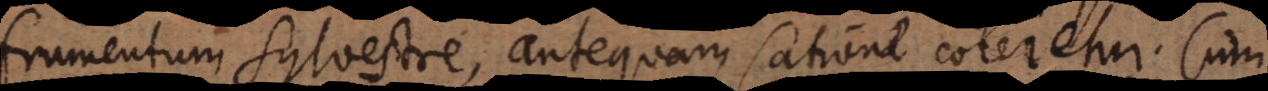
frumentum sylvestre, antequam satione coleretur. Cum